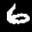
Label: 6